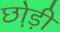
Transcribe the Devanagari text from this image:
छो़ड़ी